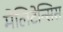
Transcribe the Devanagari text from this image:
मेलिटेन्सिस